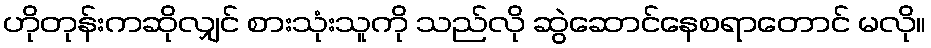
ဟိုတုန်းကဆိုလျှင် စားသုံးသူကို သည်လို ဆွဲဆောင်နေစရာတောင် မလို။